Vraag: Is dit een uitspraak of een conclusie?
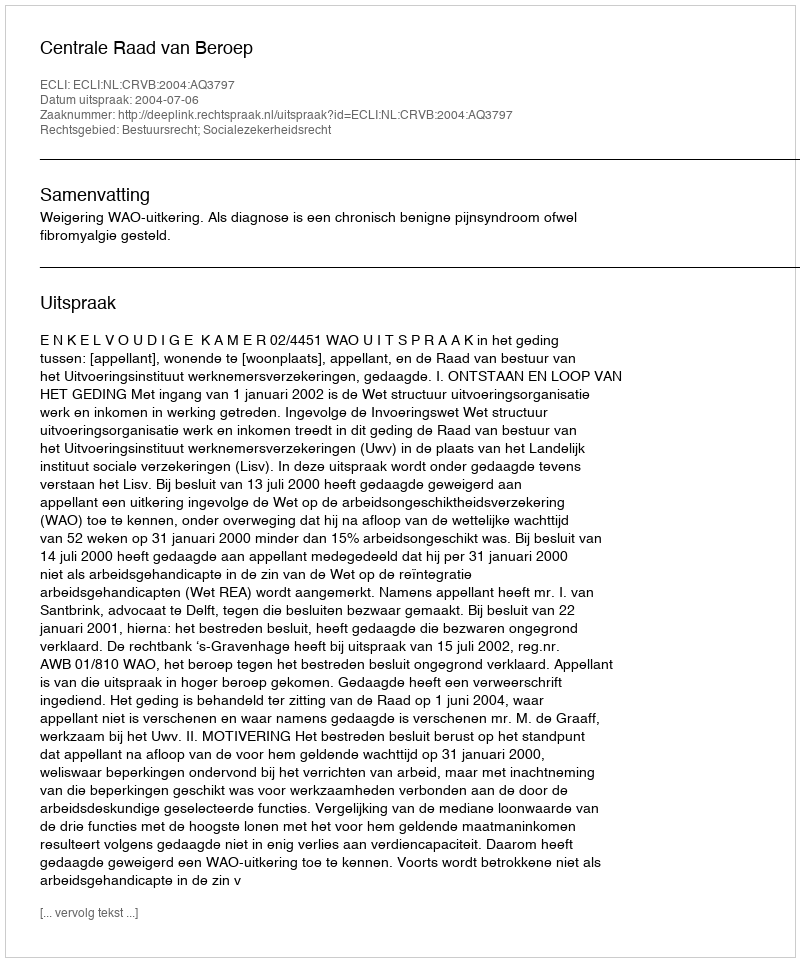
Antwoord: Uitspraak